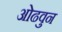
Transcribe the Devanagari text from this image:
ओढवुन